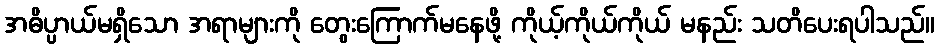
အဓိပ္ပာယ်မရှိသော အရာများကို တွေးကြောက်မနေဖို့ ကိုယ့်ကိုယ်ကိုယ် မနည်း သတိပေးရပါသည်။